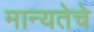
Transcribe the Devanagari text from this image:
मान्यतेचे